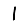
Digit: 1